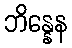
ဘိန္နေန